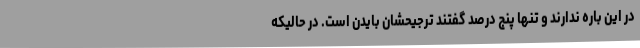
در این باره ندارند و تنها پنج درصد گفتند ترجیحشان بایدن است. در حالیکه